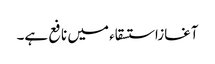
آغازاستسقاء میں نافع ہے۔